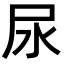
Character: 尿